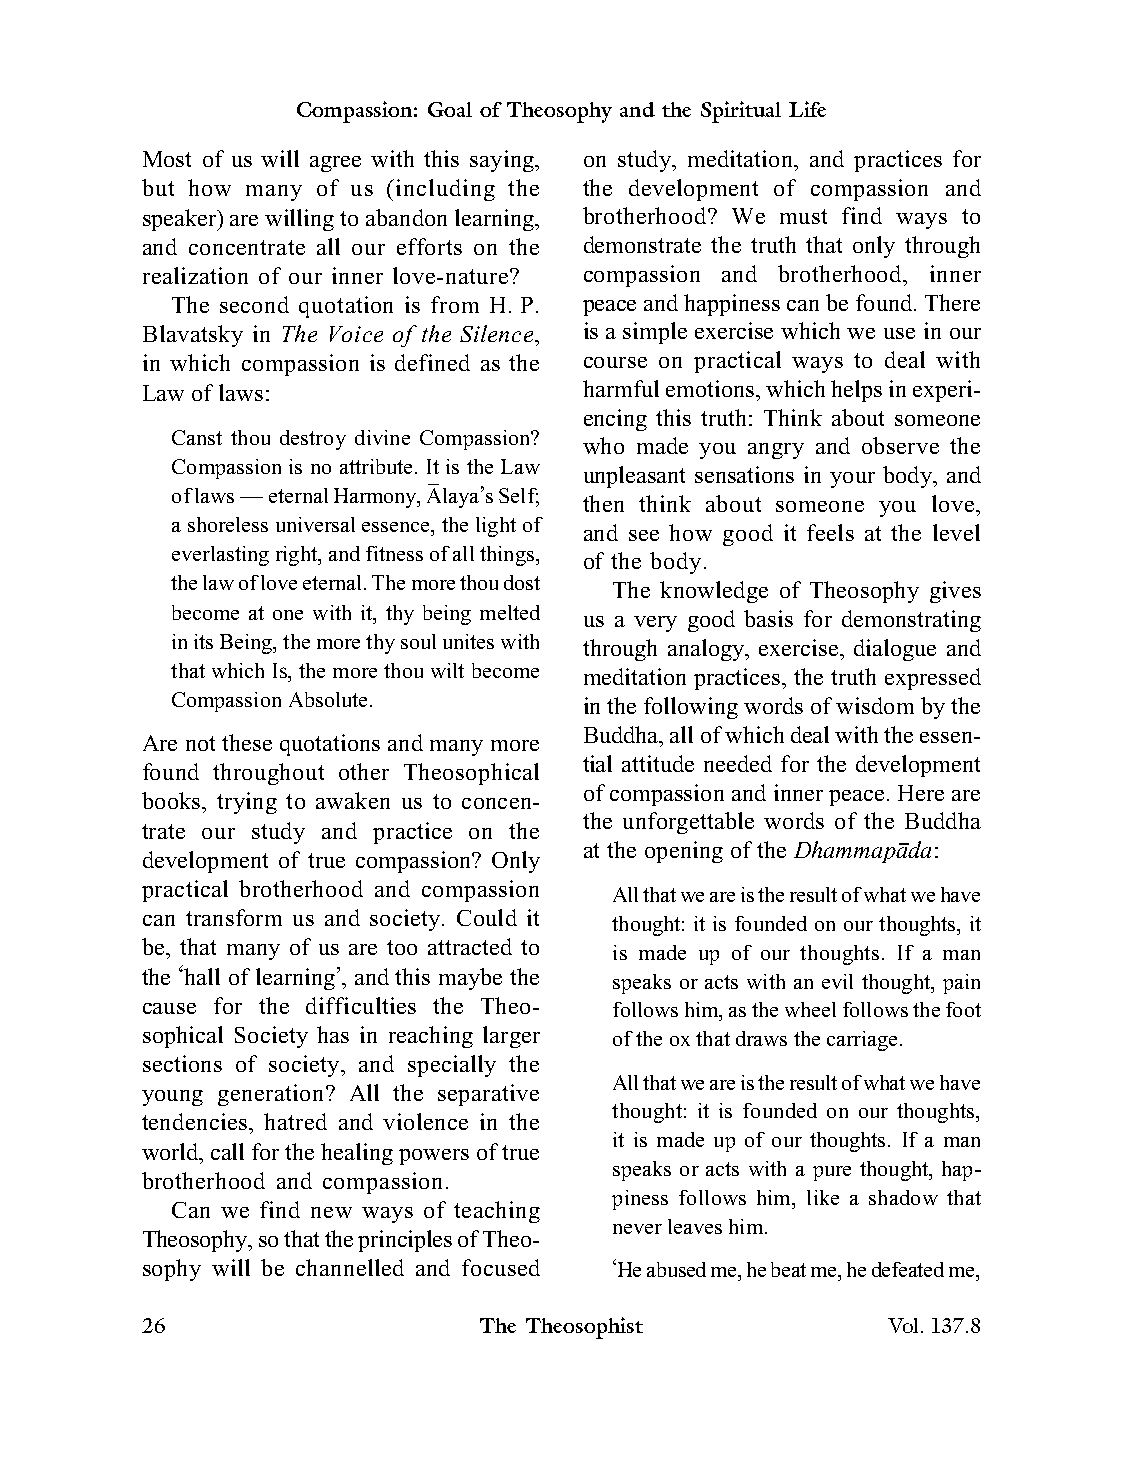
Compassion: Goal of Theosophy and the Spiritual Life
 Most of us will agree with this saying, on study, meditation, and practices for
 but how many of us (including the the development of compassion and
 speaker) are willing to abandon learning, brotherhood? We must find ways to
 and concentrate all our efforts on the demonstrate the truth that only through
 realization of our inner love-nature? compassion and brotherhood, inner
 The second quotation is from H. P. peace and happiness can be found. There
 Blavatsky in The Voice of the Silence, is a simple exercise which we use in our
 in which compassion is defined as the course on practical ways to deal with
 Law of laws:                  harmful emotions, which helps in experi-
 encing this truth: Think about someone
 Canst thou destroy divine Compassion?
 who made you angry and observe the
 Compassion is no attribute. It is the Law
 unpleasant sensations in your body, and
 of laws—eternal Harmony, Âlaya’s Self;
 then think about someone you love,
 a shoreless universal essence, the light of
 and see how good it feels at the level
 everlasting right, and fitness of all things,
 of the body.
 the law of love eternal. The more thou dost The knowledge of Theosophy gives
 become at one with it, thy being melted us a very good basis for demonstrating
 in its Being, the more thy soul unites with through analogy, exercise, dialogue and
 that which IS, the more thou wilt become meditation practices, the truth expressed
 Compassion Absolute.        in the following words of wisdom by the
 Buddha, all of which deal with the essen-
 Are not these quotations and many more
 tial attitude needed for the development
 found throughout other Theosophical
 of compassion and inner peace. Here are
 books, trying to awaken us to concen-
 the unforgettable words of the Buddha
 trate our study and practice on the
 at the opening of the Dhammapâda:
 development of true compassion? Only
 practical brotherhood and compassion
 All that we are is the result of what we have
 can transform us and society. Could it
 thought: it is founded on our thoughts, it
 be, that many of us are too attracted to is made up of our thoughts. If a man
 the ‘hall of learning’, and this maybe the speaks or acts with an evil thought, pain
 cause for the difficulties the Theo- follows him, as the wheel follows the foot
 sophical Society has in reaching larger of the ox that draws the carriage.
 sections of society, and specially the
 All that we are is the result of what we have
 young generation? All the separative
 thought: it is founded on our thoughts,
 tendencies, hatred and violence in the
 it is made up of our thoughts. If a man
 world, call for the healing powers of true
 speaks or acts with a pure thought, hap-
 brotherhood and compassion.
 piness follows him, like a shadow that
 Can we find new ways of teaching
 never leaves him.
 Theosophy, so that the principles of Theo-
 sophy will be channelled and focused ‘He abused me, he beat me, he defeated me,
 26                     The Theosophist            Vol.137.8